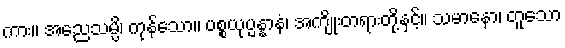
ကား။ အညေသမ္ပိ၊ ကုန်သော။ ပစ္စယုပ္ပန္နာနံ၊ အကျိုးတရားတို့နှင့်။ သမာနော၊ တူသော